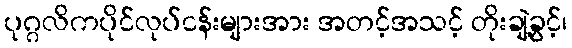
ပုဂ္ဂလိကပိုင်လုပ်ငန်းများအား အတင့်အသင့် တိုးချဲ့ခွင့်၊